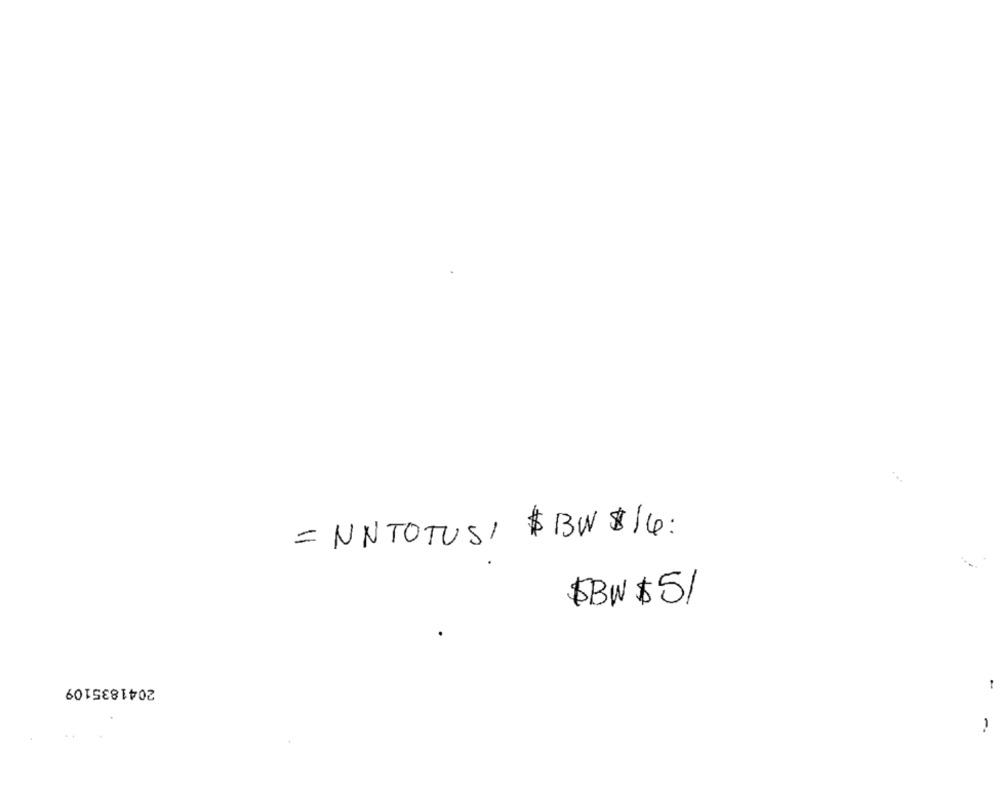
= NNTOTUSI $ BW $14:
$BW $51
2041835109
-